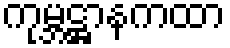
ကုမ္ဘဋ္ဌာနကထာ